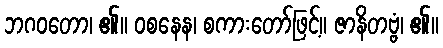
ဘဂဝတော၊ ၏။ ဝစနေန၊ စကားတော်ဖြင့်။ ဇာနိတဗ္ဗံ၊ ၏။